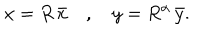
LaTeX: x = R \, \bar { x } \quad , \quad y = R ^ { \alpha } \, \bar { y } .